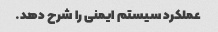
عملکرد سیستم ایمنی را شرح دهد.